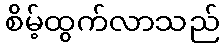
စိမ့်ထွက်လာသည်